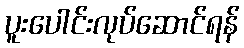
ပူးပေါင်းလုပ်ဆောင်ရန်